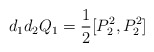
\begin{align*} d_1 d_2 Q_1 = \frac12 [P_2^2,P_2^2] \end{align*}